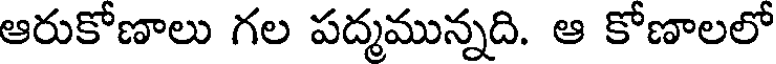
ఆరుకోణాలు గల పద్మమున్నది. ఆ కోణాలలో